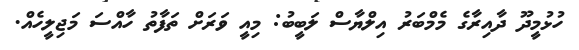
ހުޅުމީދޫ ދާއިރާގެ މެމްބަރު އިލްޔާސް ލަބީބު: މިއީ ވަރަށް ތަފާތު ހާއްސަ މަޖިލީހެއް.